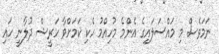
ނަމަވެސް މި މައްސަލައިގެ އެންމެ މުހިއްމު ހެކި ކަމަށްވާ ހަރީޝް ދުލާނީ ހައި